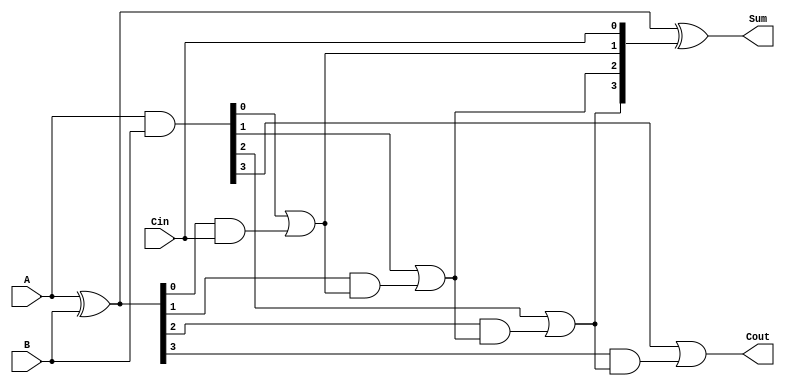
module CarryLookaheadAdder (
    input  [3:0] A,    // First operand
    input  [3:0] B,    // Second operand
    input        Cin,   // Carry input
    output [3:0] Sum,   // Sum output
    output       Cout    // Carry output
);
    wire [3:0] G;  // Generate signals
    wire [3:0] P;  // Propagate signals
    wire [4:0] C;  // Carry signals (C[0] = Cin)

    // Generate and Propagate calculations
    assign G = A & B;              // Generate: G[i] = A[i] & B[i]
    assign P = A ^ B;              // Propagate: P[i] = A[i] ^ B[i]

    // Carry calculations
    assign C[0] = Cin;             // Carry input
    assign C[1] = G[0] | (P[0] & C[0]); // C1 = G0 + P0 * Cin
    assign C[2] = G[1] | (P[1] & C[1]); // C2 = G1 + P1 * C1
    assign C[3] = G[2] | (P[2] & C[2]); // C3 = G2 + P2 * C2
    assign C[4] = G[3] | (P[3] & C[3]); // C4 = G3 + P3 * C3

    // Sum calculations
    assign Sum = P ^ C[3:0]; // Sum[i] = P[i] ^ C[i]

    // Carry output
    assign Cout = C[4]; // Final carry out

endmodule